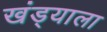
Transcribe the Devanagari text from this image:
खंड्याला